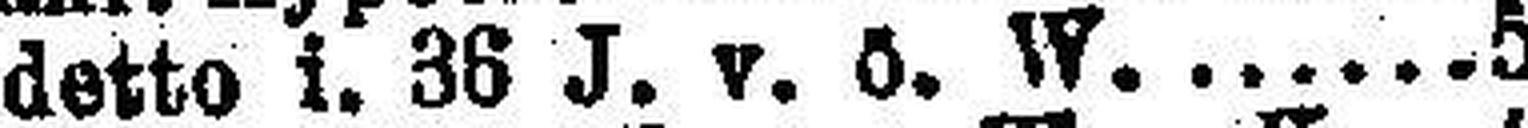
detto i. 36 J. v. ö. W. 5